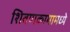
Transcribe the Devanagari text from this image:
शिवणकामामध्ये